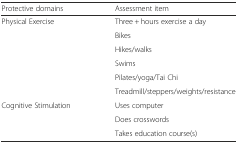
<table><thead><tr><td><b>Protective domains</b></td><td><b>Assessment item</b></td></tr></thead><tbody><tr><td rowspan="6">Physical Exercise</td><td>Three + hours exercise a day</td></tr><tr><td>Bikes</td></tr><tr><td>Hikes/walks</td></tr><tr><td>Swims</td></tr><tr><td>Pilates/yoga/Tai Chi</td></tr><tr><td>Treadmill/steppers/weights/resistance</td></tr><tr><td rowspan="3">Cognitive Stimulation</td><td>Uses computer</td></tr><tr><td>Does crosswords</td></tr><tr><td>Takes education course(s)</td></tr></tbody></table>